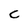
Character: C